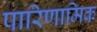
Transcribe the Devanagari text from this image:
पारिणामिक